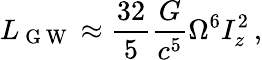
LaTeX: L_{\mathrm{~G~W~}}\approx\frac{32}{5}\frac{G}{c^{5}}\Omega^{6}I_{z}^{2}\, ,